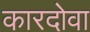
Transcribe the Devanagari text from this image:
कारदोवा